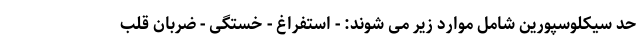
حد سیکلوسپورین شامل موارد زیر می شوند: - استفراغ - خستگی - ضربان قلب